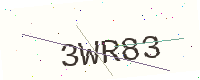
Text: 3WR83